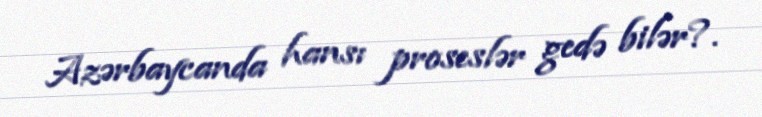
Azərbaycanda hansı proseslər gedə bilər?.